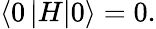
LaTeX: \left\langle 0\left|H\right|0\right\rangle=0.